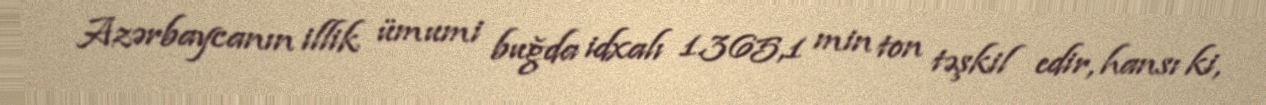
Azərbaycanın illik ümumi buğda idxalı 1.365,1 min ton təşkil edir, hansı ki,